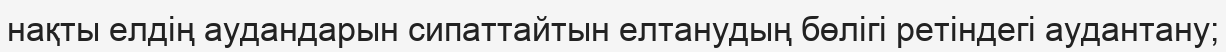
нақты елдің аудандарын сипаттайтын елтанудың бөлігі ретіндегі аудантану;